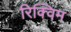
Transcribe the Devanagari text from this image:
रिक्विम